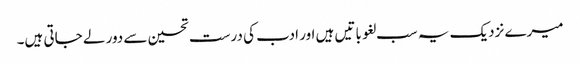
میرے نزدیک یہ سب لغو باتیں ہیں اور ادب کی درست تحسین سے دور لے جاتی ہیں۔